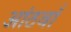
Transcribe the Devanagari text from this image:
आंठवाँ